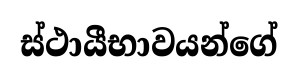
ස්ථායීභාවයන්ගේ